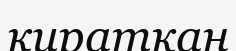
киратқан